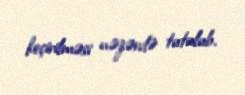
keçirilməsi nəzərdə tutulub.